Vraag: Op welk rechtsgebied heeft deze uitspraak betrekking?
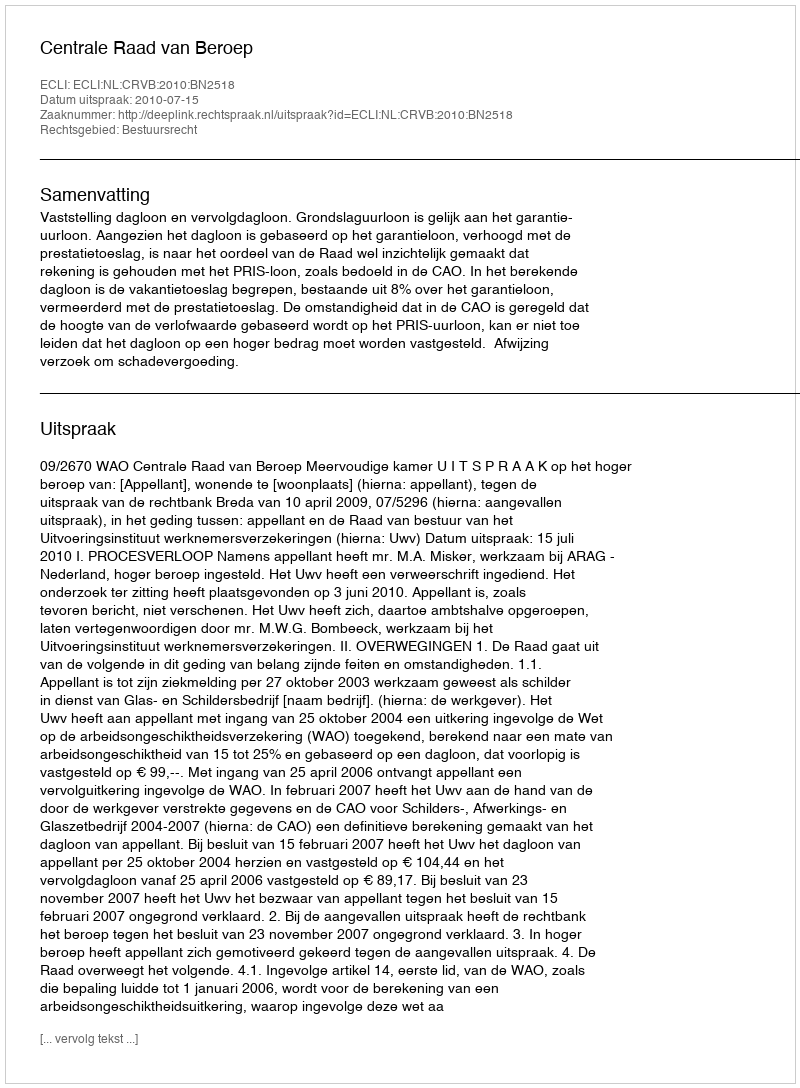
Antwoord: Bestuursrecht